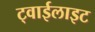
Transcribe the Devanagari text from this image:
ट्वाईलाइट